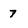
Character: 7